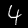
Label: 4